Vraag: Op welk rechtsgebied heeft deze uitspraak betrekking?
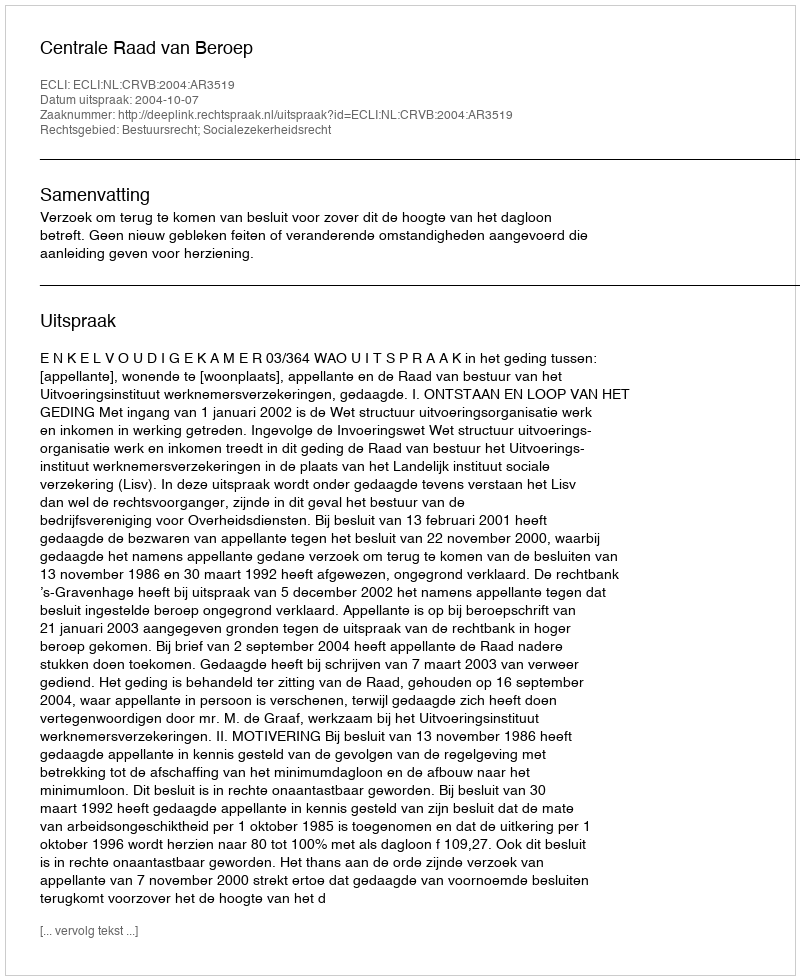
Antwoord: Bestuursrecht; Socialezekerheidsrecht